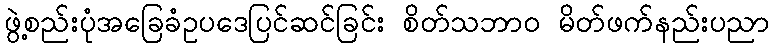
ဖွဲ့စည်းပုံအခြေခံဥပဒေပြင်ဆင်ခြင်း စိတ်သဘာဝ မိတ်ဖက်နည်းပညာ